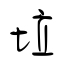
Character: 垃